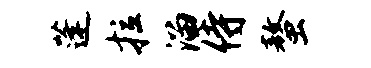
蓬拉溜侍螯